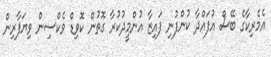
އެމެރިކާގެ ބޭސް އުފައްދާ ކުންފުނި ފައިޒާ އުންމީދުކުރާ ގޮތުން ކޮވިޑް ވެކްސިން ވިޔަފާރިން